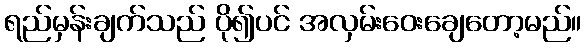
ရည်မှန်းချက်သည် ပို၍ပင် အလှမ်းဝေးချေတော့မည်။